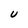
Character: U